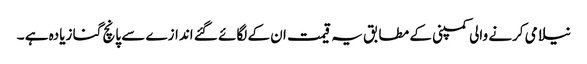
نیلامی کرنے والی کمپنی کے مطابق یہ قیمت ان کے لگائے گئے اندازے سے پانچ گنا زیادہ ہے ۔